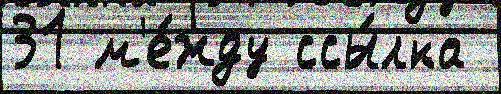
31 м'е́жду ссы́лка